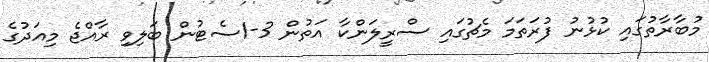
މުބާރާތުގައި ކުޅުނު ފުރަތަމަ މެޗުގައި ސްރީލަންކާ އަތުން 3-1ސެޓުން ބަލިވި ރާއްޖެ މިއަދުގެ